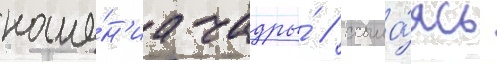
ноше́н'иа чадры́ / ссыла́ясь